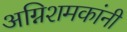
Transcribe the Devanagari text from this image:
अग्निशमकांनी